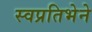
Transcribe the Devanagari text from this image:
स्वप्रतिभेने